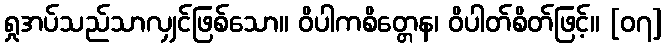
ရှုအပ်သည်သာလျှင်ဖြစ်သော။ ဝိပါကစိတ္တေန၊ ဝိပါတ်စိတ်ဖြင့်။ [၀၇]